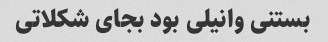
بستنی وانیلی بود بجای شکلاتی